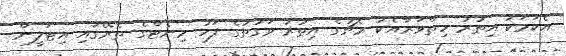
އެކަމަކު އިތުރު ހިތްވަރާއެކު މެޗުގެ އިތުރު ވަގުތުގެ ފަހު މިނެޓްގެ ތެރޭގައި އިޓަލީން